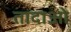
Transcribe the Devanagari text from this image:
तादाओ